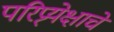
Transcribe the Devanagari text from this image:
परिप्र्येक्षाचे